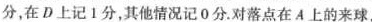
分，在D上记1分，其他情况记0分。对落点在A上的来球，